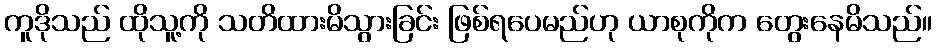
ကူဒိုသည် ထိုသူ့ကို သတိထားမိသွားခြင်း ဖြစ်ရပေမည်ဟု ယာစုကိုက တွေးနေမိသည်။